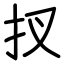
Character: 扠